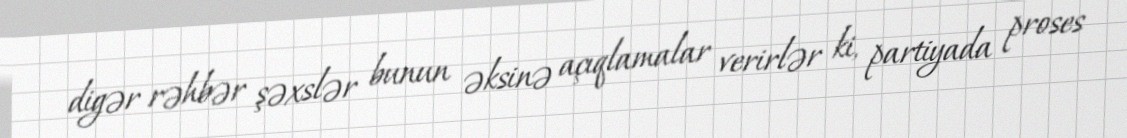
digər rəhbər şəxslər bunun əksinə açıqlamalar verirlər ki, partiyada proses